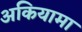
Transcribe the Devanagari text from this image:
अकियामा